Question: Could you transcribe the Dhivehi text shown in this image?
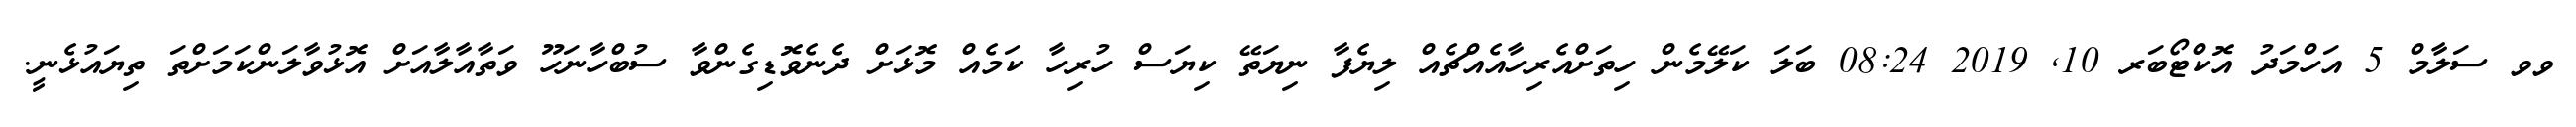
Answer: ވވ ސަލާމް 5 އަހްމަދު އޮކްޓޯބަރ 10, 2019 08:24 ބަލަ ކަލޭމެން ހިތަށްއެރިހާއެއްޗެއް ލިޔެފާ ނިޔަތޭ ކިޔަސް ހުރިހާ ކަމެއް މޮޅަށް ދެނެވޮޑިގެންވާ ސުބްހާނަހޫ ވަތާއާލާއަށް އޮޅުވާލަންކަމަށްތަ ތިޔައުޅެނީ.